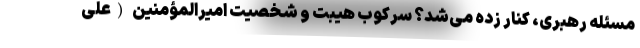
مسئله رهبری، کنار زده می‌شد؟ سرکوب هیبت و شخصیت امیرالمؤمنین (علی